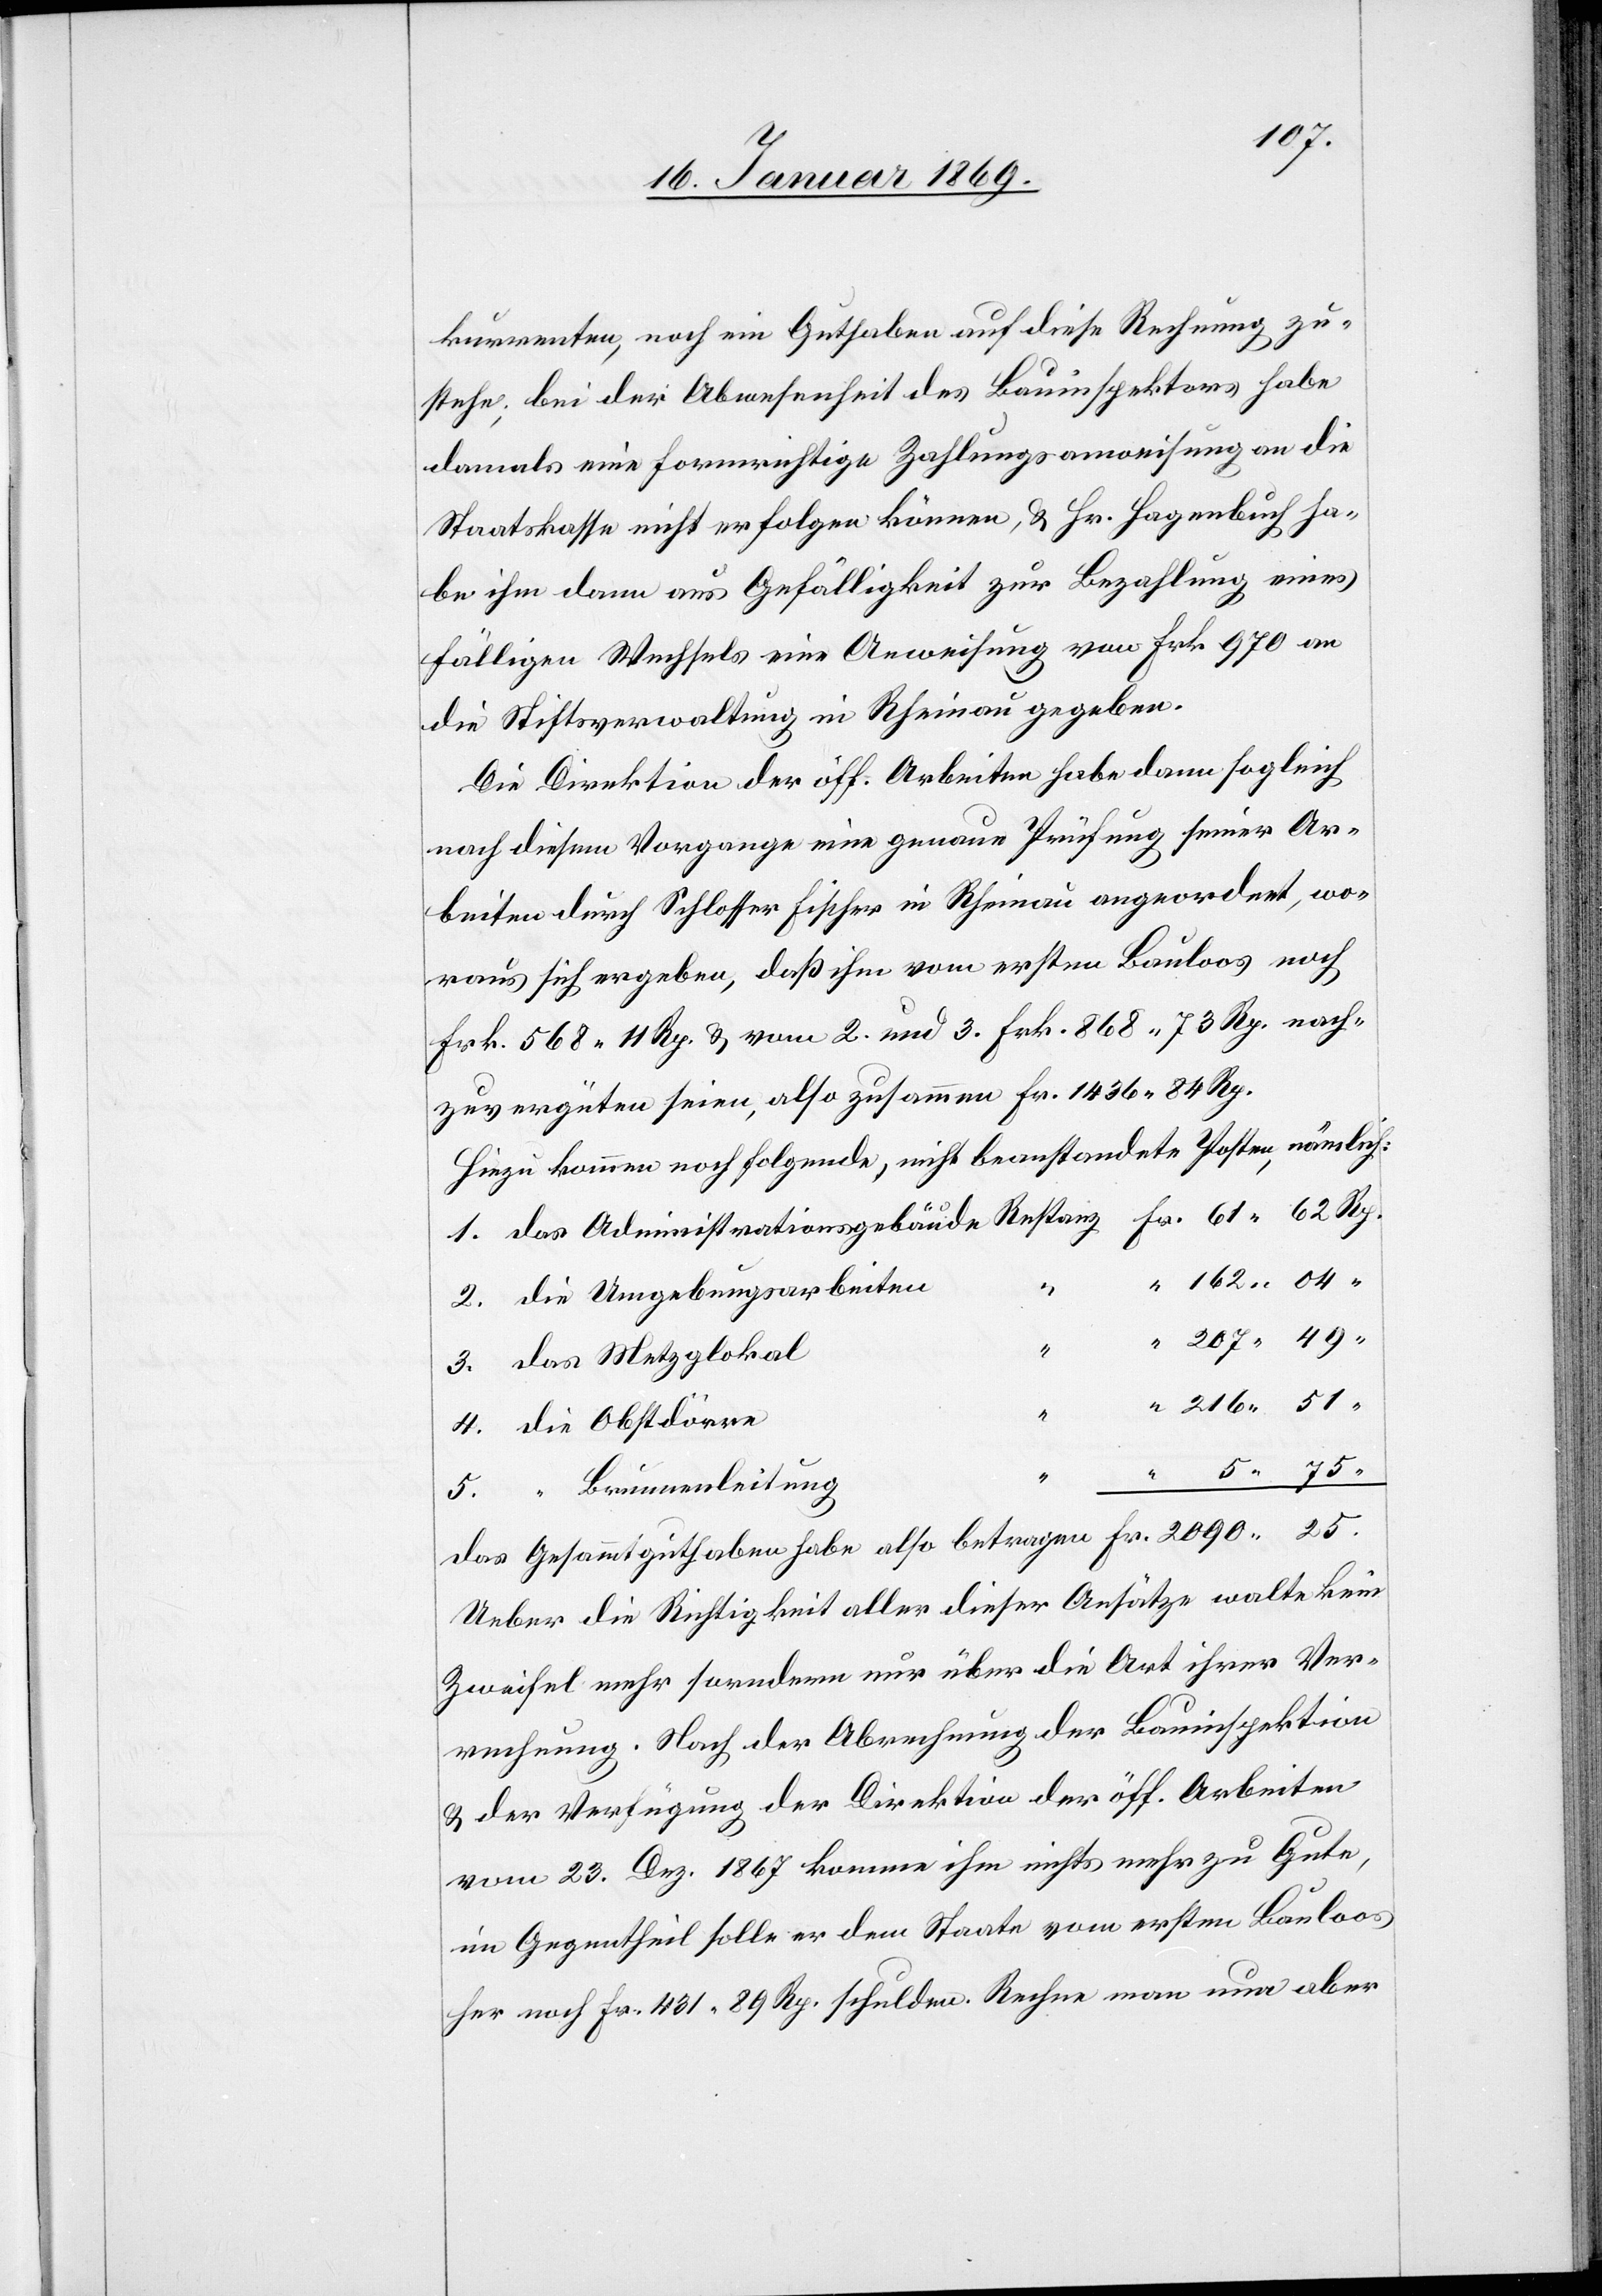
kurrenten, noch ein Guthaben auf diese Rechnung zu¬
stehe; bei der Abwesenheit des Bauinspektors habe
damals eine formrichtige Zahlungsanweisung an die
Staatskasse nicht erfolgen können, u. Hr. Hagenbuch ha¬
be ihm dann aus Gefälligkeit zur Bezahlung eines
fälligen Wechsels eine Anweisung von Frk. 970 an
die Stiftsverwaltung in Rheinau gegeben.
Die Direktion der öff. Arbeiten habe dann sogleich
nach diesem Vorgange eine genaue Prüfung seiner Ar¬
beiten durch Schlosser Fischer in Rheinau angeordnet, wo¬
raus sich ergeben, daß ihm vom ersten Bauloos noch
Frk. 568.11 Rp. u. vom 2. und 3. Frk. 868.73 Rp. noch
zu vergüten seien, also zusammen Fr. 1436.84 Rp.
Hiezu kommen noch folgende, nicht beanstandete Posten, nämlich:
1. das Administrationsgebäude Restanz	Fr. 61.62 Rp.
2. die Umgebungsarbeiten	“
3. das Metzglokal	“
“
4. die Obstdörre	“
5. “ Brunnenleitung	“
Das Gesammtguthaben habe also betragen Fr. 2090.25.
Ueber die Richtigkeit aller dieser Ansätze walte kein
Zweifel mehr sorndern [sic!] nur über die Art ihrer Ver¬
rechnung. Nach der Abrechnung der Bauinspektion
u. der Verfügung der Direktion der öff. Arbeiten
vom 23. Dez. 1867 komme ihm nichts mehr zu Gute,
im Gegentheil solle er dem Staate vom ersten Bauloos
her noch Fr. 431.89 Rp. schulden. Rechne man nun aber